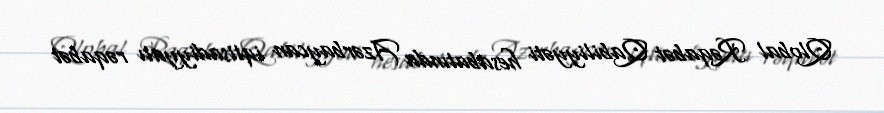
Qlobal Rəqabət Qabiliyyəti hesabatında Azərbaycan iqtisadiyyatı rəqabət